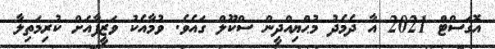
އޮގަސްޓް 2021 އާ ދެމެދު މުޙްޔިއްދީން ސްކޫލް ގައެވެ. ވުމާއެކު ވަޒީފާއަށް ކުރިމަތިލާ